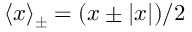
\langle x \rangle _ { { \pm } } = ( x \pm | x | ) / 2